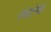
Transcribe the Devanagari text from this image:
संघटेनेचे